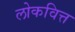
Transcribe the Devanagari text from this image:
लोकवित्त